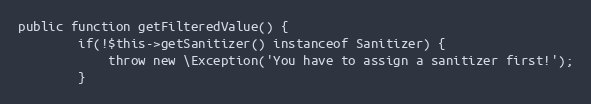
Language: PHP
public function getFilteredValue() {
        if(!$this->getSanitizer() instanceof Sanitizer) {
            throw new \Exception('You have to assign a sanitizer first!');
        }